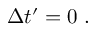
\Delta t ^ { \prime } = 0 \ .